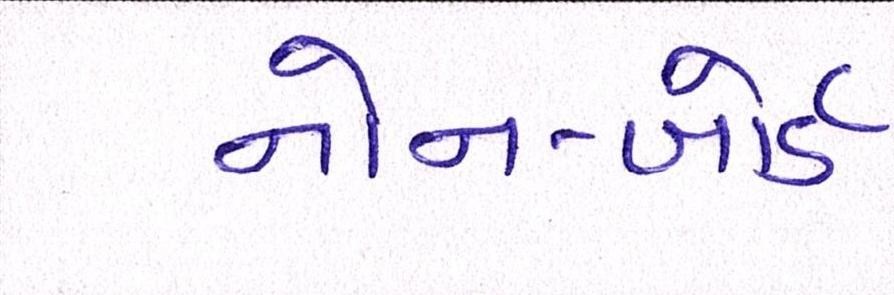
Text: નોન-બોર્ડ